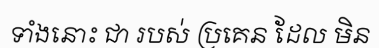
ទាំងនោះ ជា របស់ ប្រគេន ដែល មិន